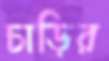
চাড়ির